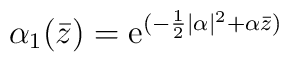
\alpha_1 (\bar z)= {\rm e}^{(-\frac12 \vert \alpha\vert^2 + \alpha {\bar z})}